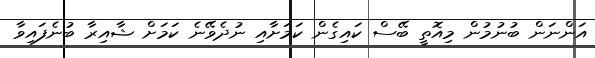
އަންނަން ބުނުމުން މިއޮތީ ބޭސް ކައިގެން ކަމަށާއި ނުދެވޭނެ ކަމަށް ޝާއިރާ ބުނެފައިވާ